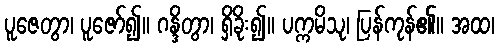
ပူဇေတွာ၊ ပူဇော်၍။ ဂန္ဒိတွာ၊ ရှိခိုး၍။ ပက္ကမိသု၊ ပြန်ကုန်၏။ အထ၊